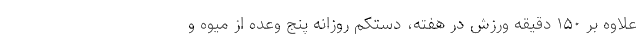
علاوه بر ۱۵۰ دقیقه ورزش در هفته، دستکم روزانه پنج وعده از میوه و